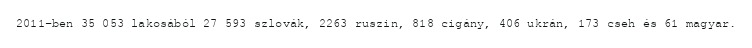
2011-ben 35 053 lakosából 27 593 szlovák, 2263 ruszin, 818 cigány, 406 ukrán, 173 cseh és 61 magyar.